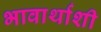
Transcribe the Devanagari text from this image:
भावार्थाशी